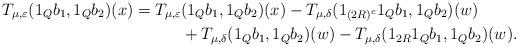
LaTeX: \begin{align*}T_{\mu, \varepsilon}(1_Qb_1, 1_Qb_2)(x) = T_{\mu, \varepsilon}&(1_Qb_1, 1_Qb_2)(x) - T_{\mu, \delta}(1_{(2R)^c}1_Qb_1, 1_Qb_2)(w) \\&+ T_{\mu, \delta}(1_Qb_1, 1_Qb_2)(w) - T_{\mu, \delta}(1_{2R}1_Qb_1, 1_Qb_2)(w).\end{align*}